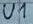
Text: U1